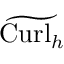
{ \widetilde { \mathrm { C u r l } _ { h } } }